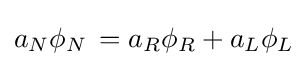
a_{N}\phi _{N}\,=a_{R}\phi _{R}+a_{L}\phi _{L}